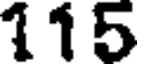
115